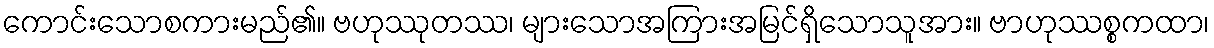
ကောင်းသောစကားမည်၏။ ဗဟုဿုတဿ၊ များသောအကြားအမြင်ရှိသောသူအား။ ဗာဟုဿစ္စကထာ၊